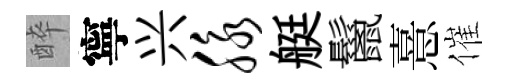
醉寧兴脉艇鬣憙催